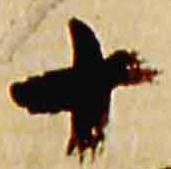
十